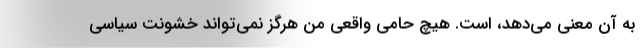
به آن معنی می‌دهد، است. هیچ حامی واقعی من هرگز نمی‌تواند خشونت سیاسی